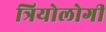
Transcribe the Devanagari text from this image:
त्रियोलोगी